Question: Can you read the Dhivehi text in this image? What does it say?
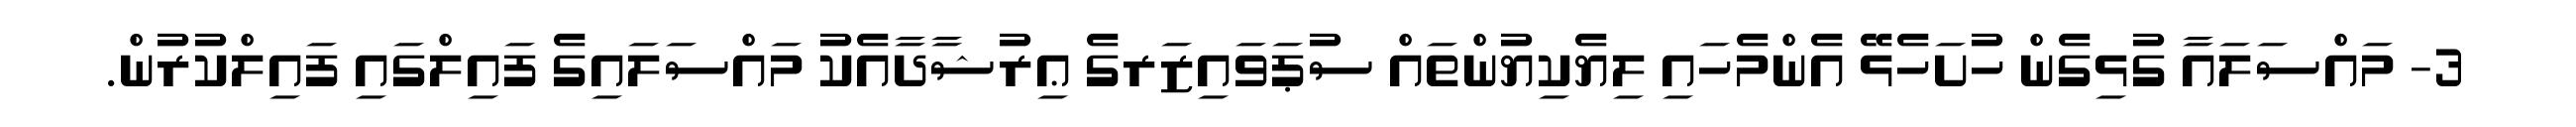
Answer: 3- މައްސަލައާ ގުޅިގެން ހުށަހެޅޭ އެންމެހައި ލިޔެކިޔުންތައް ސުޕަވައިޒަރގެ ޢިރުޝާދާއެކު މައްސަލައިގެ ފައިލްގައި ފައިލްކުރުން.